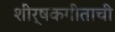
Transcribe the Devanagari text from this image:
शीर्षकगीताची